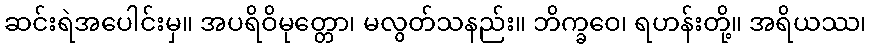
ဆင်းရဲအပေါင်းမှ။ အပရိဝိမုတ္တော၊ မလွတ်သနည်း။ ဘိက္ခဝေ၊ ရဟန်းတို့။ အရိယဿ၊